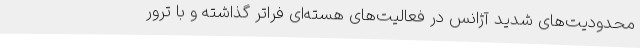
محدودیت‌های شدید آژانس در فعالیت‌های هسته‌ای فراتر گذاشته و با ترور